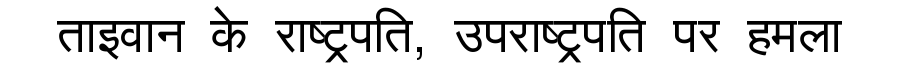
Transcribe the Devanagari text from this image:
ताइवान के राष्ट्रपति, उपराष्ट्रपति पर हमला